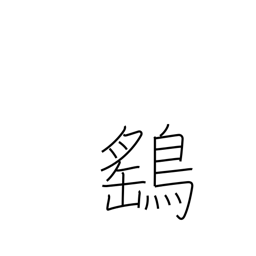
Meaning: sparrow hawk